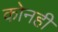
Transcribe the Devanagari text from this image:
कोनही